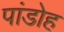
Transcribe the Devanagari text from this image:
पांडोह